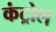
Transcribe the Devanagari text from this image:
कंट्रोल्